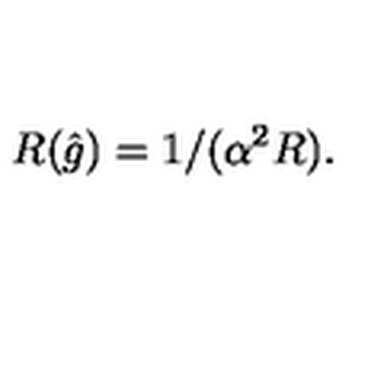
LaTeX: R ( \hat { g } ) = 1 / ( \alpha ^ { 2 } R ) .